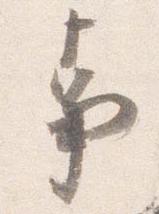
事